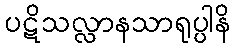
ပဋိသလ္လာနသာရုပ္ပါနိ